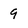
Character: 9